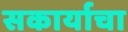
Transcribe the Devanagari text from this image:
सकार्याचा